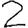
Digit: 2